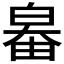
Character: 𤽻